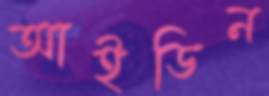
আইডিন